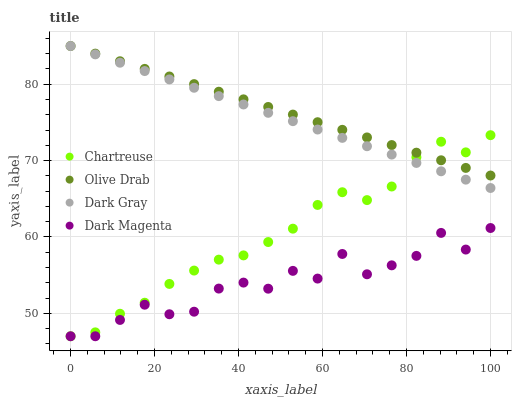
| xaxis_label | Chartreuse | Olive Drab | Dark Gray | Dark Magenta |
 | --- | --- | --- | --- | --- |
 | 0 | 47 | 85 | 85 | 47 |
 | 5.88 | 47.5 | 84 | 83.9 | 47 |
 | 11.8 | 49.9 | 83 | 82.8 | 49.1 |
 | 17.6 | 51.4 | 82 | 81.7 | 51.1 |
 | 23.5 | 53.9 | 81 | 80.6 | 49.9 |
 | 29.4 | 55.6 | 80 | 79.5 | 50.2 |
 | 35.3 | 57 | 79 | 78.4 | 53.2 |
 | 41.2 | 57.6 | 78 | 77.3 | 54 |
 | 47.1 | 59.3 | 77 | 76.3 | 53.2 |
 | 52.9 | 61.1 | 76 | 75.2 | 55.6 |
 | 58.8 | 64.2 | 75 | 74.1 | 54.6 |
 | 64.7 | 65.9 | 74 | 73 | 57.8 |
 | 70.6 | 64.8 | 73 | 71.9 | 55.1 |
 | 76.5 | 66.6 | 72 | 70.8 | 56.3 |
 | 82.4 | 70.4 | 71 | 69.7 | 57.5 |
 | 88.2 | 72.5 | 70 | 68.6 | 60.5 |
 | 94.1 | 71.1 | 69 | 67.5 | 58.3 |
 | 100 | 73.3 | 68 | 66.4 | 61.2 |